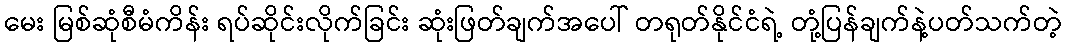
မေး မြစ်ဆုံစီမံကိန်း ရပ်ဆိုင်းလိုက်ခြင်း ဆုံးဖြတ်ချက်အပေါ် တရုတ်နိုင်ငံရဲ့ တုံ့ပြန်ချက်နဲ့ပတ်သက်တဲ့